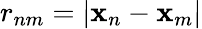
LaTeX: r_{nm}=|\mathbf{x}_{n}-\mathbf{x}_{m}|